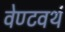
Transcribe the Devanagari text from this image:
वेण्टवर्थ